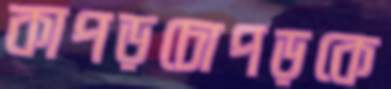
কাপড়চোপড়কে